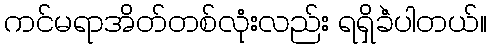
ကင်မရာအိတ်တစ်လုံးလည်း ရရှိခဲံပါတယ်။